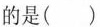
的是()